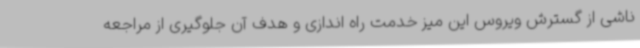
ناشی از گسترش ویروس این میز خدمت راه اندازی و هدف آن جلوگیری از مراجعه